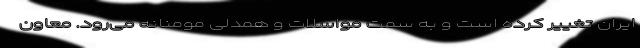
ایران تغییر کرده است و به سمت مواسلات و همدلی مومنانه می‌رود. معاون